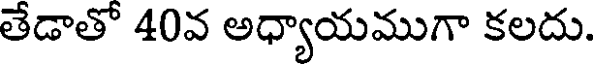
తేడాతో 40వ అధ్యాయముగా కలదు.